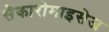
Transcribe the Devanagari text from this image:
सैकारोमाइसेज